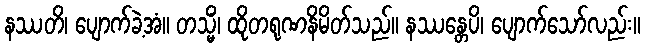
နဿတိ၊ ပျောက်ခဲ့အံ။ တသ္မိံ၊ ထိုတရုဏနိမိတ်သည်။ နဿန္တေပိ၊ ပျောက်သော်လည်း။